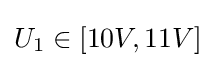
U_{1}\in [10V,11V]